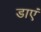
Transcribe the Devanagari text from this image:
डाएं